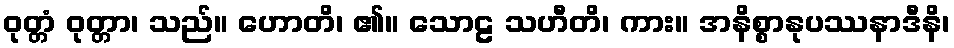
ဝုတ္တံ ဝုတ္တာ၊ သည်။ ဟောတိ၊ ၏။ သောဠ သဟီတိ၊ ကား။ အနိစ္စာနုပဿနာဒီနိ၊